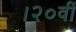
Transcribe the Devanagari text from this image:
।२०वीं